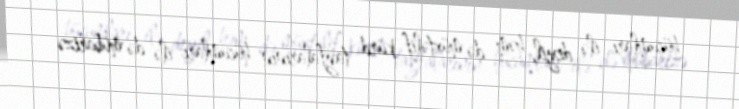
hücumları ilə deyil, həm də müxtəlif kürd tayfalarının hücumları ilə də mübarizə